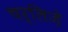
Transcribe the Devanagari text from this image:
चर्लिज़े